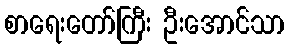
စာရေးတော်ကြီး ဦးအောင်သာ